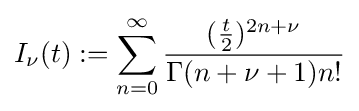
I_{\nu }(t):=\sum _{n=0}^{\infty }{\frac {({\frac {t}{2}})^{2n+\nu }}{\Gamma (n+\nu +1)n!}}